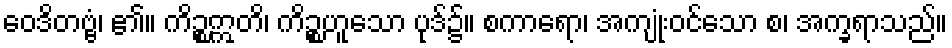
ဝေဒိတဗ္ဗံ၊ ၏။ ကိဉ္စဣတိ၊ ကိဉ္စဟူသော ပုဒ်၌။ စကာရော၊ အကျုံးဝင်သော စ၊ အက္ခရာသည်။